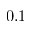
0 . 1